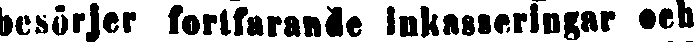
besörjer fortwarande inkasseringar och